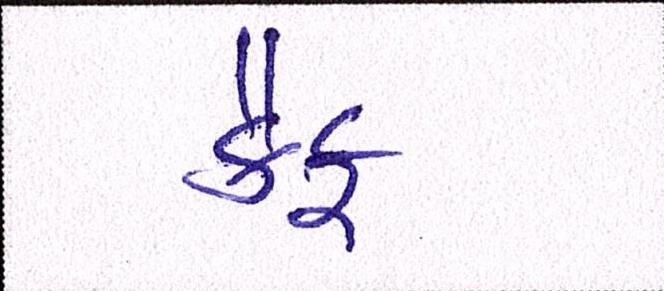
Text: કૈફ